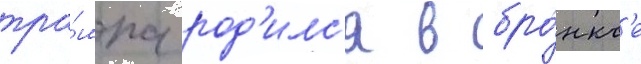
тра́мпа род'илс'я в бро́нкс'е